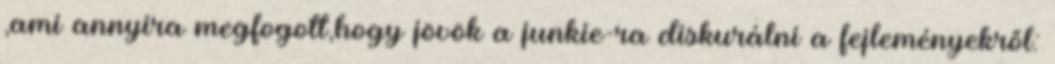
,ami annyira megfogott,hogy jövök a junkie-ra diskurálni a fejleményekről: